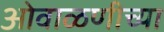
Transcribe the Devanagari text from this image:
ओवाळणीच्या